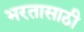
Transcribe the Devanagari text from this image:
भरतासाठी